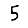
Digit: 5